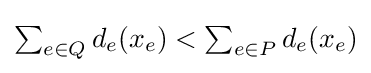
\textstyle \sum _{e\in Q}d_{e}(x_{e})<\sum _{e\in P}d_{e}(x_{e})